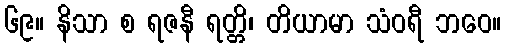
၆၉။ နိသာ စ ရဇနီ ရတ္တိ၊ တိယာမာ သံဝရီ ဘဝေ။